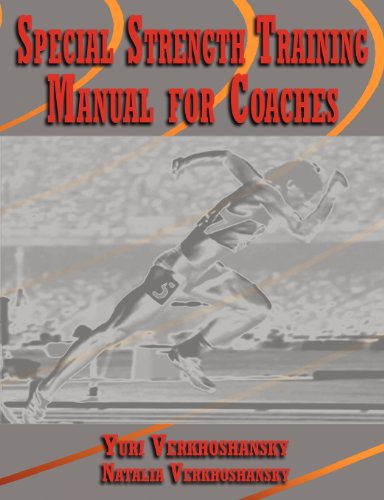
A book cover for Special Strength Training: Manual for Coaches; Yuri Verkhoshansky; Health, Fitness & Dieting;